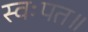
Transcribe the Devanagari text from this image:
स्वःपत॥